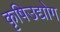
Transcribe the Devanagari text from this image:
कृषिउद्योग